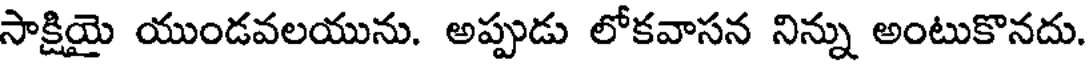
సాక్షియై యుండవలయును. అప్పుడు లోకవాసన నిన్ను అంటుకొనదు.